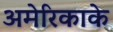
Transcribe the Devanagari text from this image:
अमेरिकाके